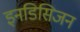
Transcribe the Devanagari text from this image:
इनडिसिजन